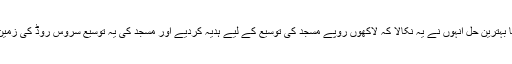
چنانچہ اس کا بہترین حل انہوں نے یہ نکالا کہ لاکھوں روپے مسجد کی توسیع کے لیے ہدیہ کردیے اور مسجد کی یہ توسیع سروس روڈ کی زمین پر کی گئی۔